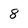
Character: 8